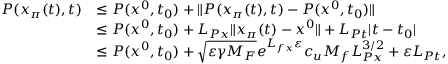
\begin{array} { r l } { P ( x _ { \pi } ( t ) , t ) } & { \le P ( x ^ { 0 } , t _ { 0 } ) + \| P ( x _ { \pi } ( t ) , t ) - P ( x ^ { 0 } , t _ { 0 } ) \| } \\ & { \le P ( x ^ { 0 } , t _ { 0 } ) + L _ { P x } \| x _ { \pi } ( t ) - x ^ { 0 } \| + L _ { P t } | t - t _ { 0 } | } \\ & { \le P ( x ^ { 0 } , t _ { 0 } ) + \sqrt { \varepsilon \gamma { M _ { F } } } e ^ { L _ { f x } \varepsilon } c _ { u } M _ { f } L _ { P x } ^ { 3 / 2 } + \varepsilon L _ { P t } , } \end{array}